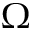
\Omega